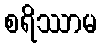
စရိဿာမ